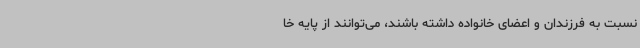
نسبت به فرزندان و اعضای خانواده داشته باشند، می‌توانند از پایه خا